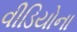
વીડિયોના